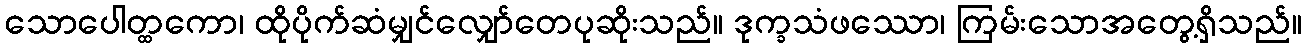
သောပေါတ္ထကော၊ ထိုပိုက်ဆံမျှင်လျှော်တေပုဆိုးသည်။ ဒုက္ခသံဖဿော၊ ကြမ်းသောအတွေ့ရှိသည်။